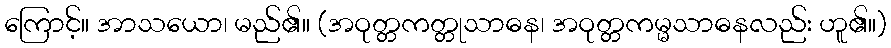
ကြောင့်။ အာသယော၊ မည်၏။ (အဝုတ္တကတ္တုသာဓန၊ အဝုတ္တကမ္မသာဓနလည်း ဟူ၏။)